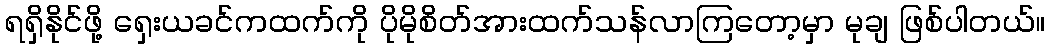
ရရှိနိုင်ဖို့ ရှေးယခင်ကထက်ကို ပိုမိုစိတ်အားထက်သန်လာကြတော့မှာ မုချ ဖြစ်ပါတယ်။